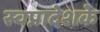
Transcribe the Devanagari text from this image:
स्वप्नादेशके